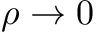
\rho \rightarrow 0